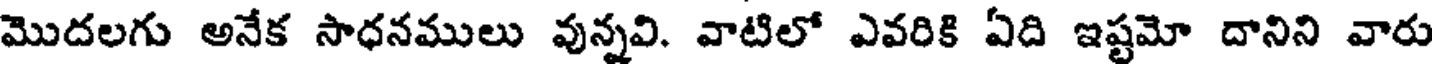
మొదలగు అనేక సాధనములు వున్నవి. వాటిలో ఎవరికి ఏది ఇష్టమో దానిని వారు